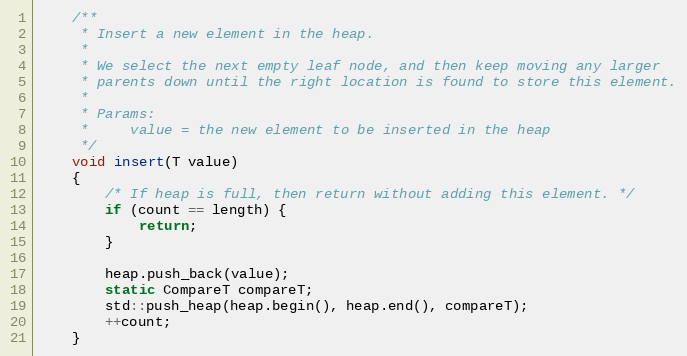
Language: C
    /**
     * Insert a new element in the heap.
     *
     * We select the next empty leaf node, and then keep moving any larger
     * parents down until the right location is found to store this element.
     *
     * Params:
     *     value = the new element to be inserted in the heap
     */
    void insert(T value)
    {
        /* If heap is full, then return without adding this element. */
        if (count == length) {
            return;
        }

        heap.push_back(value);
        static CompareT compareT;
        std::push_heap(heap.begin(), heap.end(), compareT);
        ++count;
    }